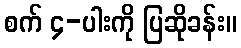
စက် ၄-ပါးကို ပြဆိုခန်း။